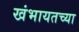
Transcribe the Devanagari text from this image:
खंभायतच्या